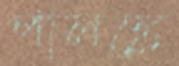
পালঙ্কে